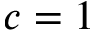
c = 1